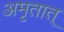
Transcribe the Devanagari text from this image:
अमृतात्‌